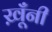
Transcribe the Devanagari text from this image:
ख़ूँनी